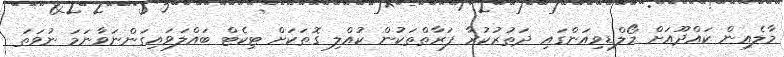
މާލެއިން ކައްދޫއަށް މޯލްޑިވިއަންގައި ދަތުރުކުރާ ފަރާތްތަކުން ކުއްލި ގޮތަކަށް ޓިކެޓް ބައްލަވައިގަންނަވާނަމަ ނުވަތަ